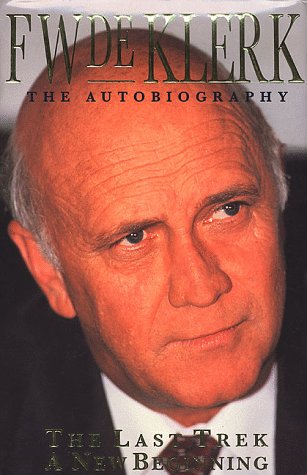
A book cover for The Last Trek-A New Beginning: The Autobiography; F. W. De Klerk; History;